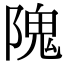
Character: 隗